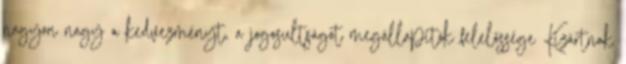
nagyon nagy a kedvezményt, a jogosultságot megállapítók felelőssége Kizártnak